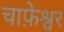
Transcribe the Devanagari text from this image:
चाफ़ेश्वर